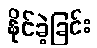
နိုင်ခဲ့ခြင်း